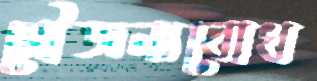
সৌজন্যবোধ